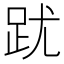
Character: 𲃘